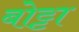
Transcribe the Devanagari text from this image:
बोट्टा